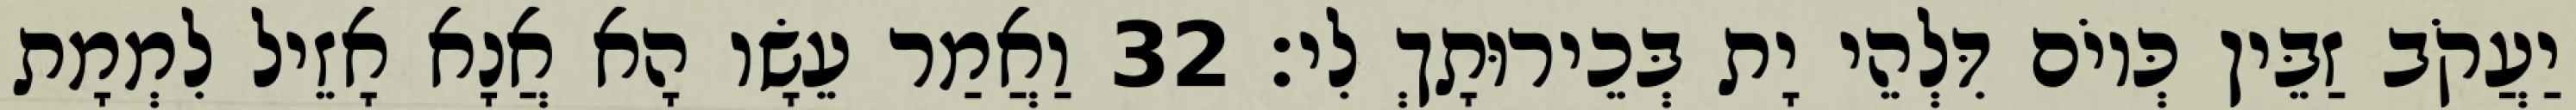
יַעֲקֹב זַבֵּין כְּיוֹם דִּלְהֵי יָת בְּכֵירוּתָךְ לִי׃ 32 וַאֲמַר עֵשָׂו הָא אֲנָא אָזֵיל לִמְמָת